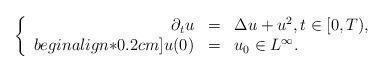
LaTeX: \begin{align*}\left\{\begin{array}{rcl}\partial_t u &=& \Delta u + u^2, t \in [0,T), \\begin{align*}0.2cm]u(0) &=& u_0 \in L^\infty.\end{array}\right.\end{align*}